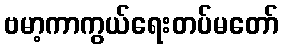
ဗမာ့ကာကွယ်ရေးတပ်မတော်